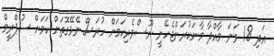
އަދި 18 ވަނަ މާއްދާ މާނަކުރަންޖެހޭނީ ނޫސްވެރިކަމަށް ހުރަސް ނޭޅޭގޮތަށް ކަމަށް ސުޕްރީމް